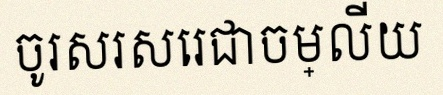
ចូរសរសេរជាចម្លើយ